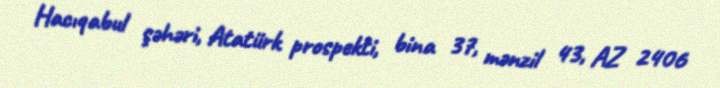
Hacıqabul şəhəri, Atatürk prospekti, bina 37, mənzil 43, AZ 2406